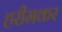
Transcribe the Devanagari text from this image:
हरीमकर